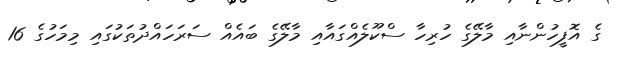
ގެ އޮފީހުންނާއި މާލޭގެ ހުރިހާ ސްކޫލެއްގައާއި މާލޭގެ ބައެއް ސަރަހައްދުތަކުގައި މިމަހުގެ 16